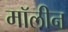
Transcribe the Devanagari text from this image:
मॉलीन